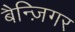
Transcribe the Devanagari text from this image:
बैन्ज़िगर